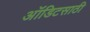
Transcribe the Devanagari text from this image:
ऑडिटसाठी